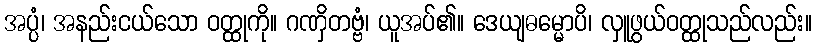
အပ္ပံ၊ အနည်းငယ်သော ဝတ္ထုကို။ ဂဏှိတဗ္ဗံ၊ ယူအပ်၏။ ဒေယျဓမ္မောပိ၊ လှူဖွယ်ဝတ္ထုသည်လည်း။